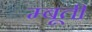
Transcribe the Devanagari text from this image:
म्बूती